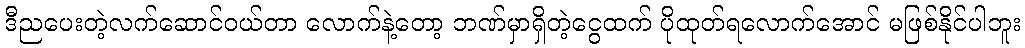
ဒီညပေးတဲ့လက်ဆောင်ဝယ်တာ လောက်နဲ့တော့ ဘဏ်မှာရှိတဲ့ငွေထက် ပိုထုတ်ရလောက်အောင် မဖြစ်နိုင်ပါဘူး